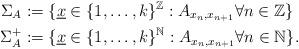
LaTeX: \begin{align*}\Sigma_A&:=\{\underline{x}\in \{1,\ldots,k\}^{\mathbb{Z}}:A_{x_n,x_{n+1}}\forall n\in\mathbb{Z} \}\\\Sigma_A^+&:=\{\underline{x}\in \{1,\ldots,k\}^{\mathbb{N}}:A_{x_n,x_{n+1}}\forall n\in\mathbb{N} \}.\end{align*}